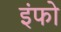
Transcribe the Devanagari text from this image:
इंफो